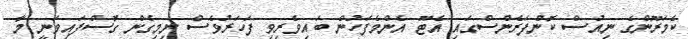
ކެމަރޫންގެ ނިއުސް ކޮންފަރެންސްގައި އެޓޫ އެންމެފަހުން ބައިވެރިވި ފަހަރުވެސް ނިމިގެން ގޮސްފައިވަނީ މާ